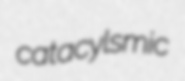
catacylsmic